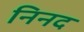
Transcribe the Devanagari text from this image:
निनद